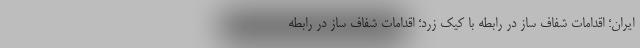
ایران؛ اقدامات شفاف ساز در رابطه با کیک زرد؛ اقدامات شفاف ساز در رابطه